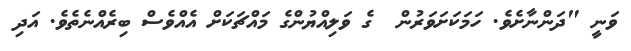
ވަނީ "ދަންނާށެވެ. ހަމަކަށަވަރުން  ގެ ވަލިއްޔުންގެ މައްޗަކަށް އެއްވެސް ބިރެއްނެތެވެ. އަދި